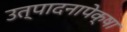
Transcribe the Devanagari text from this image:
उत्पादनापेक्षा